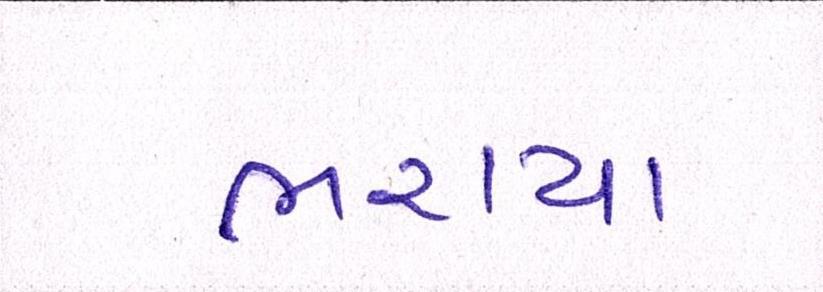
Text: ભરાયા